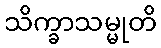
သိက္ခာသမ္မုတိ